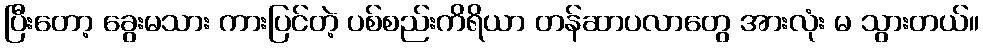
ပြီးတော့ ခွေးမသား ကားပြင်တဲ့ ပစ်စည်းကိရိယာ တန်ဆာပလာတွေ အားလုံး မ သွားတယ်။